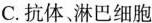
C.抗体淋巴细胞